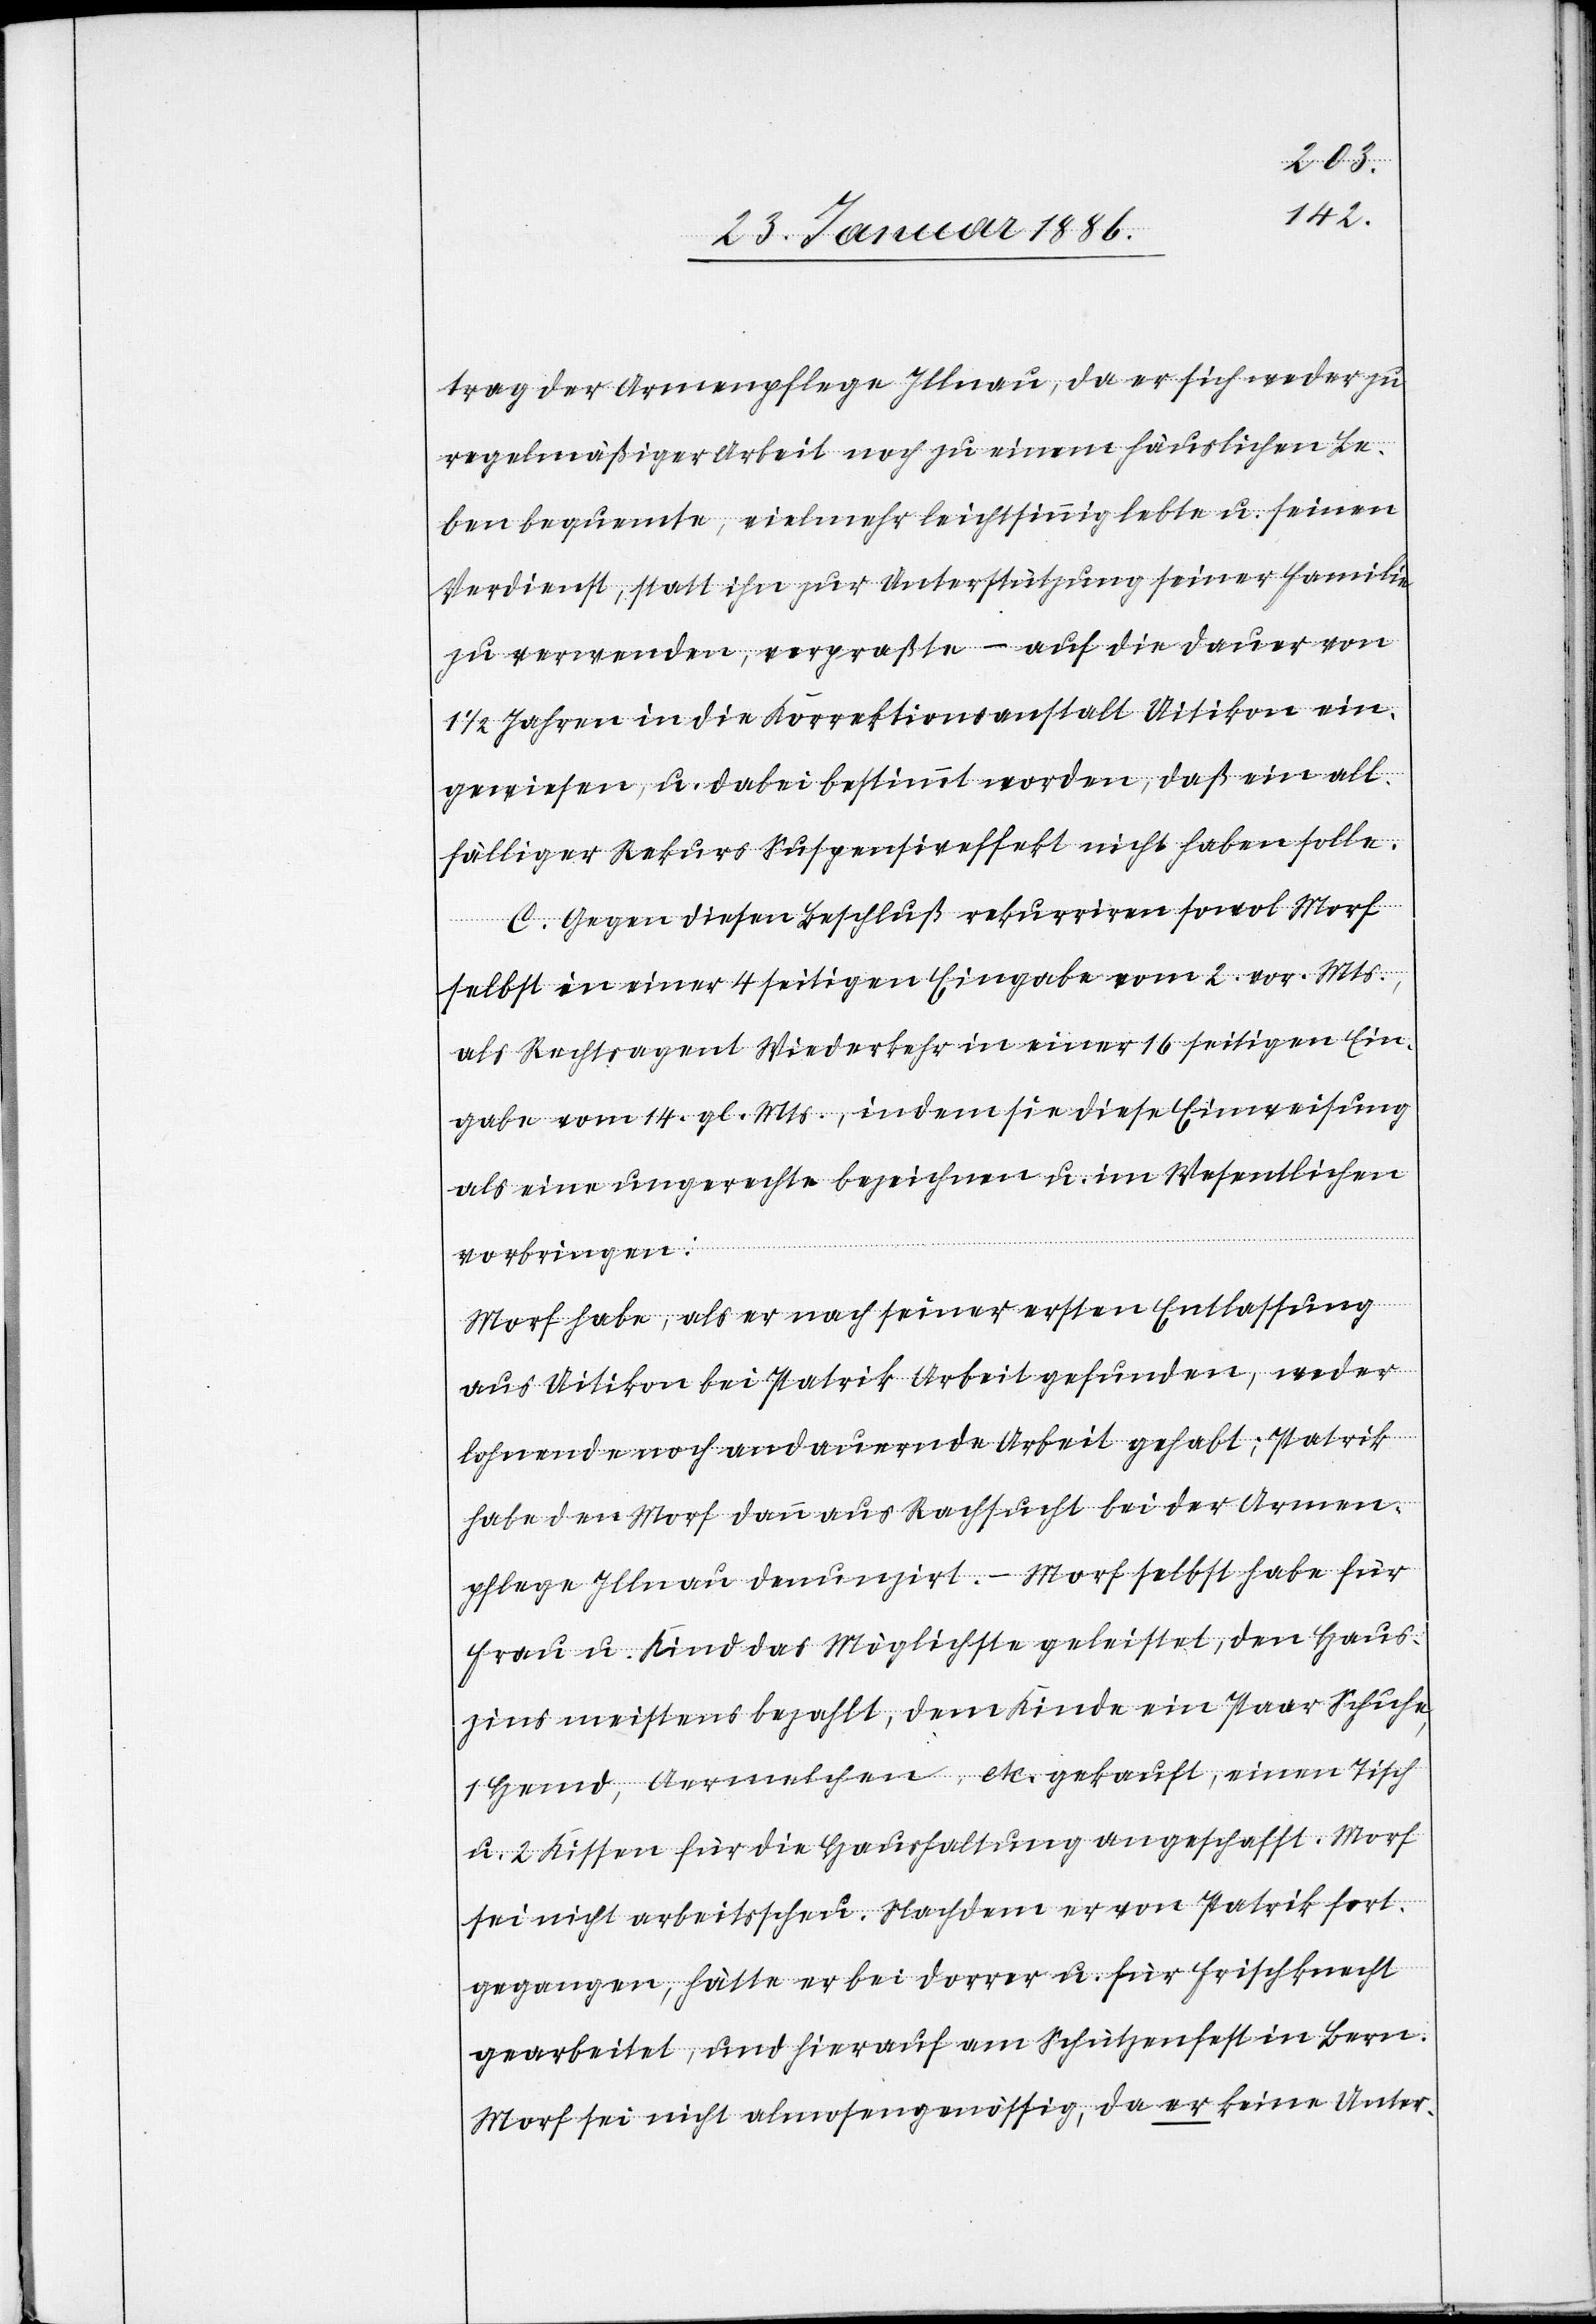
trag der Armenpflege Illnau, da er sich weder zu
regelmäßiger Arbeit, noch zu einem häuslichen Le¬
ben bequemte, vielmehr leichtsinnig lebte u. seinen
Verdienst, statt ihn zur Unterstützung seiner Familie
zu verwenden, verpraßte – auf die Dauer von
1 1/2 Jahren in die Korrektionsanstalt Uitikon ein¬
gewiesen, u. dabei bestimmt worden, daß ein all¬
fälliger Rekurs Suspensiveffekt nicht haben solle.
C. Gegen diesen Beschluß rekurriren sowol Morf
selbst in einer 4 seitigen Eingabe vom 2. vor. Mts.,
als Rechtsagent Wiederkehr in seiner 16 seitigen Ein¬
gabe vom 14. gl. Mts., indem sie diese Einweisung
als eine ungerechte bezeichnen u. im Wesentlichen
vorbringen:
Morf habe, als er nach seiner ersten Entlassung
aus Uitikon bei Patrik Arbeit gefunden, weder
lohnende noch andauernde Arbeit gehabt; Patrik
habe den Morf dann aus Rachsucht bei der Armen¬
pflege Illnau denunzirt. – Morf selbst habe für
Frau u. Kind das Möglichste geleistet, den Haus¬
zins meistens bezahlt, dem Kinde ein Paar Schuhe,
Hund, Aermelchen etc. gekauft, einen Tisch
u. 2 Kissen für die Haushaltung angeschafft. Morf
sei nicht arbeitsscheu. Nachdem er von Patrik fort¬
gegangen, hätte er bei Dorrer u. für Frischknecht
gearbeitet, und hierauf am Schützenfest in Bern.
Morf sei nicht almosengenössig; da er keine Unter-